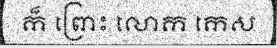
ក៏ ព្រោះ លោក កេស